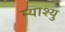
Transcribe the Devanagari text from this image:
म्याश्यु